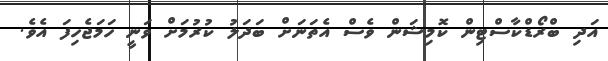
އަދި ބްރޯޑްކާސްޓިން ކޮމިޝަން ވެސް އެތަނަށް ބަދަލު ކުރުމަށް ވަނީ ހަމަޖެހިފަ އެވެ.